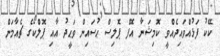
ކޭކު ފަޅުއްވައިދެއްވީ ކޮމިޝަނާ އޮފް ޕޮލިސް ޙުސައިން ވަޙީދު އާއި ޕޮލްކޯގެ ޗެއާމަން